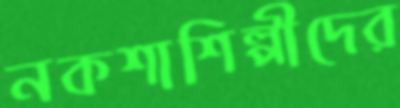
নকশাশিল্পীদের